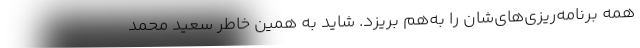
همه برنامه‌ریزی‌های‌شان را به‌هم بریزد. شاید به همین خاطر سعید محمد